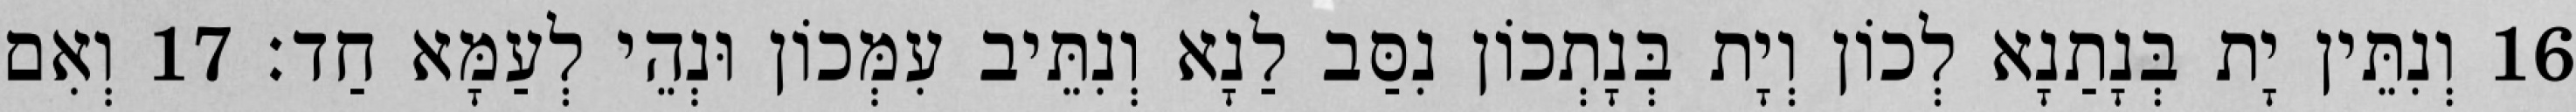
16 וְנִתֵּין יָת בְּנָתַנָא לְכוֹן וְיָת בְּנָתְכוֹן נִסַּב לַנָא וְנִתֵּיב עִמְּכוֹן וּנְהֵי לְעַמָּא חַד׃ 17 וְאִם